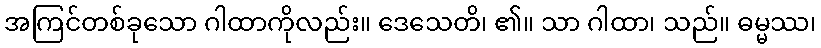
အကြင်တစ်ခုသော ဂါထာကိုလည်း။ ဒေသေတိ၊ ၏။ သာ ဂါထာ၊ သည်။ ဓမ္မဿ၊